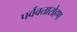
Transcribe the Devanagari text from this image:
पर्ववतारोहण